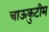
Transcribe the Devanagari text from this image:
चाऊकुटीम